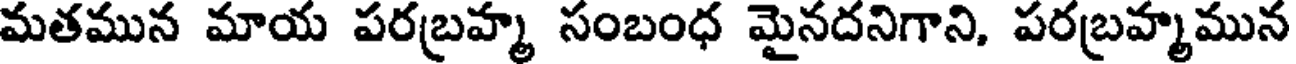
మతమున మాయ పరబ్రహ్మ సంబంధ మైనదనిగాని, పరబ్రహ్మమున